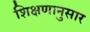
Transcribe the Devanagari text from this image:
शिक्षणानुसार